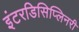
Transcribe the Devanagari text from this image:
इंटरडिसिप्लिनरी